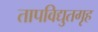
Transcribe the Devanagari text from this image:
तापविद्युतगृह